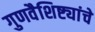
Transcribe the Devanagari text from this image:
गुणवैशिष्ट्यांचे